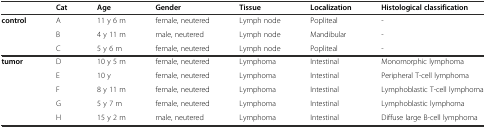
|  | Cat | Age | Gender | Tissue | Localization | Histological classification |
 | --- | --- | --- | --- | --- | --- | --- |
 | <ROWSPAN=3> control | A | 11 y 6 m | female, neutered | Lymph node | Popliteal | - |
 | B | 4 y 11 m | male, neutered | Lymph node | Mandibular | - |
 | C | 5 y 6 m | female, neutered | Lymph node | Popliteal | - |
 | <ROWSPAN=5> tumor | D | 10 y 5 m | female, neutered | Lymphoma | Intestinal | Monomorphic lymphoma |
 | E | 10 y | female, neutered | Lymphoma | Intestinal | Peripheral T-cell lymphoma |
 | F | 8 y 11 m | female, neutered | Lymphoma | Intestinal | Lymphoblastic T-cell lymphoma |
 | G | 5 y 7 m | female, neutered | Lymphoma | Intestinal | Lymphoblastic lymphoma |
 | H | 15 y 2 m | male, neutered | Lymphoma | Intestinal | Diffuse large B-cell lymphoma |